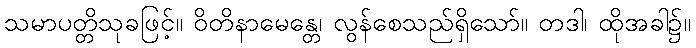
သမာပတ္တိသုခဖြင့်။ ဝိတိနာမေန္တေ၊ လွန်စေသည်ရှိသော်။ တဒါ၊ ထိုအခါ၌။